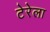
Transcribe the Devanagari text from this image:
टेरेला